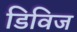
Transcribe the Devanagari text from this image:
डिविज